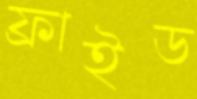
ফ্রাইড